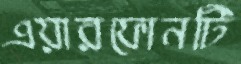
এয়ারফোনটি